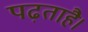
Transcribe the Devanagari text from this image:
पढ़ताहै।